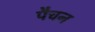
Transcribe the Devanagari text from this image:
पैचन